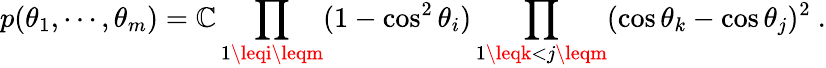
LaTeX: p(\theta_{1},\cdots,\theta_{m})=\mathbb{C}\prod_{1\leqi\leqm}(1-\cos^{2}\theta_{i})\prod_{1\leqk<j\leqm}(\cos\theta_{k}-\cos\theta_{j})^{2}~.